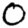
Digit: 0